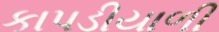
કાપડીયાળી